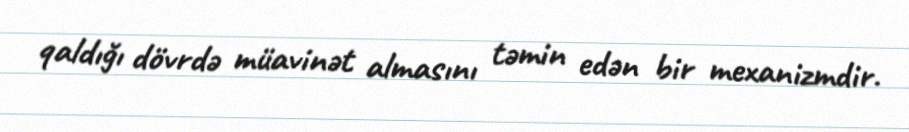
qaldığı dövrdə müavinət almasını təmin edən bir mexanizmdir.